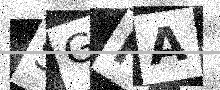
Text: SGRA